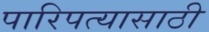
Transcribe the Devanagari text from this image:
पारिपत्यासाठी